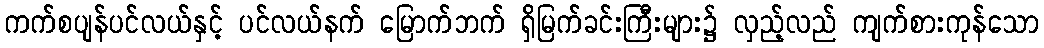
ကက်စပျန်ပင်လယ်နှင့် ပင်လယ်နက် မြောက်ဘက် ရှိမြက်ခင်းကြီးများ၌ လှည့်လည် ကျက်စားကုန်သော